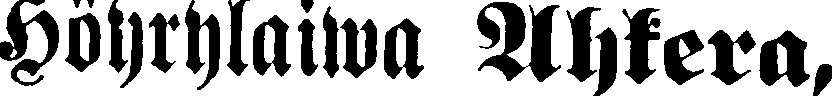
Höyrylaiwa Ahkera,